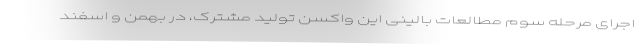
اجرای مرحله سوم مطالعات بالینی این واکسن تولید مشترک، در بهمن و اسفند